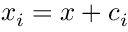
x _ { i } = x + c _ { i }